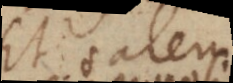
Et talem